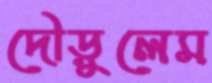
দৌড়ুলেম